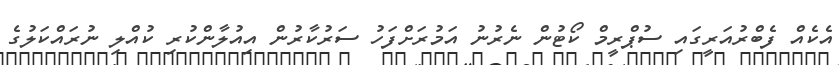
އެކެއް ފެބްރުއަރީގައި ސުޕްރީމް ކޯޓުން ނެރުނު އަމުރަށްފަހު ސަރުކާރުން އިއުލާންކުރި ކުއްލި ނުރައްކަލުގެ